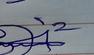
Signature authenticity: genuine